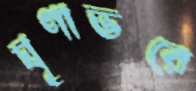
ঘৃণাভরে